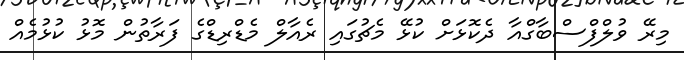
މިރޭ ވުލްފްސްބާގްއާ ދެކޮޅަށް ކުޅޭ މެޗުގައި ރެއާލް މެޑްރިޑްގެ ފަރާތުން މޮޅު ކުޅުމެއް